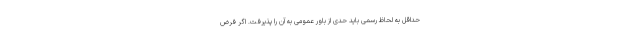
حداقل به لحاظ رسمی باید حدی از باور عمومی به آن را پذیرفت. اگر فرض